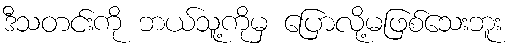
ဒီသတင်းကို ဘယ်သူ့ကိုမှ ပြောလို့မဖြစ်သေးဘူး